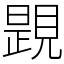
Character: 𧡰